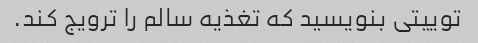
توییتی بنویسید که تغذیه سالم را ترویج کند.